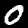
Digit: 0